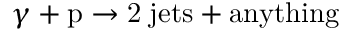
\gamma + \mathrm { p } \rightarrow \mathrm { 2 \; j e t s + a n y t h i n g }